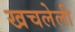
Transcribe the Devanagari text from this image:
खचलेली